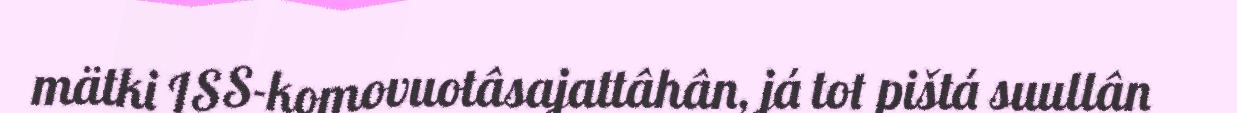
mätki ISS-komovuotâsajattâhân, já tot pištá suullân